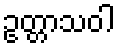
ဥတ္တာသဝါ